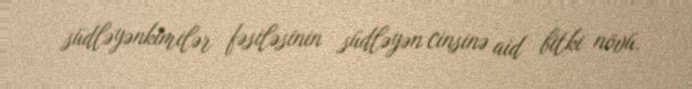
südləyənkimilər fəsiləsinin südləyən cinsinə aid bitki növü.